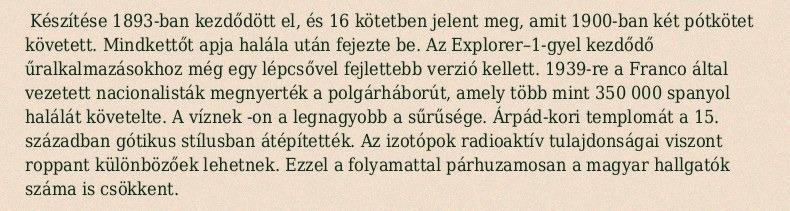
Készítése 1893-ban kezdődött el, és 16 kötetben jelent meg, amit 1900-ban két pótkötet követett. Mindkettőt apja halála után fejezte be. Az Explorer–1-gyel kezdődő űralkalmazásokhoz még egy lépcsővel fejlettebb verzió kellett. 1939-re a Franco által vezetett nacionalisták megnyerték a polgárháborút, amely több mint 350 000 spanyol halálát követelte. A víznek -on a legnagyobb a sűrűsége. Árpád-kori templomát a 15. században gótikus stílusban átépítették. Az izotópok radioaktív tulajdonságai viszont roppant különbözőek lehetnek. Ezzel a folyamattal párhuzamosan a magyar hallgatók száma is csökkent.